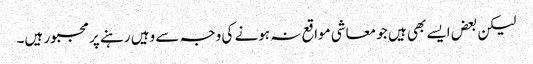
لیکن بعض ایسے بھی ہیں جو معاشی مواقع نہ ہونے کی وجہ سے وہیں رہنے پر مجبور ہیں۔